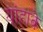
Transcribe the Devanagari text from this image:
यांहाके